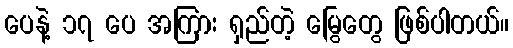
ပေနဲ့ ၁၇ ပေ အကြား ရှည်တဲ့ မြွေတွေ ဖြစ်ပါတယ်။